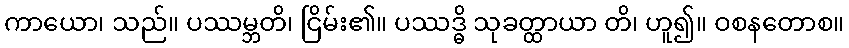
ကာယော၊ သည်။ ပဿမ္ဘတိ၊ ငြိမ်း၏။ ပဿဒ္ဓိ သုခတ္ထာယာ တိ၊ ဟူ၍။ ဝစနတောစ။